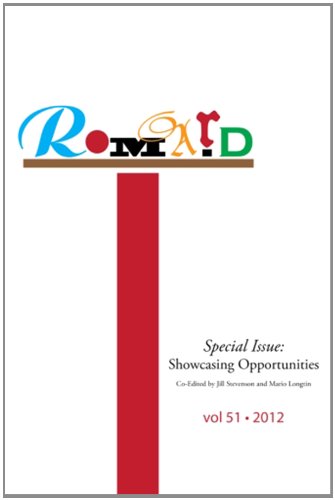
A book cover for ROMARD: Research on Medieval and Renaissance Drama, vol 51 (Volume 51); Dr. Mario Longtin; Literature & Fiction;